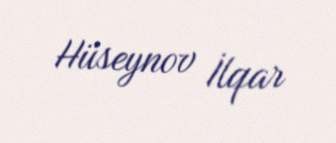
Hüseynov İlqar